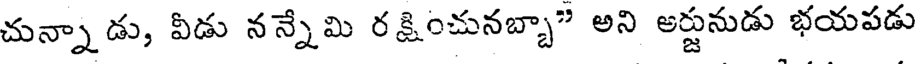
చున్నాడు, వీడు నన్నేమి రక్షించునబ్బా" అని అర్జునుడు భయపడు